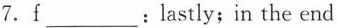
7. f___: lastly; in the end